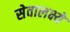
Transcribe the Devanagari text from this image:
सेवालक्ष्ये